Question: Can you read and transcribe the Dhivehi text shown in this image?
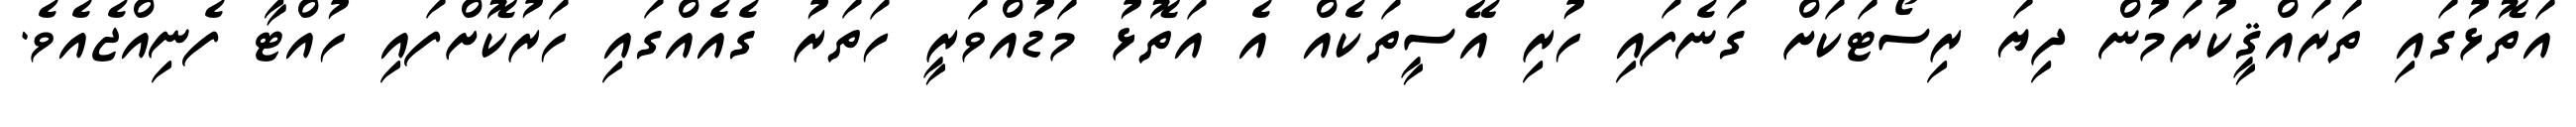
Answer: އަތޮޅުގައި ތަރައްޤީކުރަމުން ދިޔަ ރިސޯޓަކަށް ގަނެފައި ހުރި އޭސީތަކެއް އެ އަތޮޅު މަޑުއްވަރީ ހަތަރު ގެއެއްގައި ހަރުކޮށްފައި ހުއްޓާ ފެނިއްޖެއެވެ.